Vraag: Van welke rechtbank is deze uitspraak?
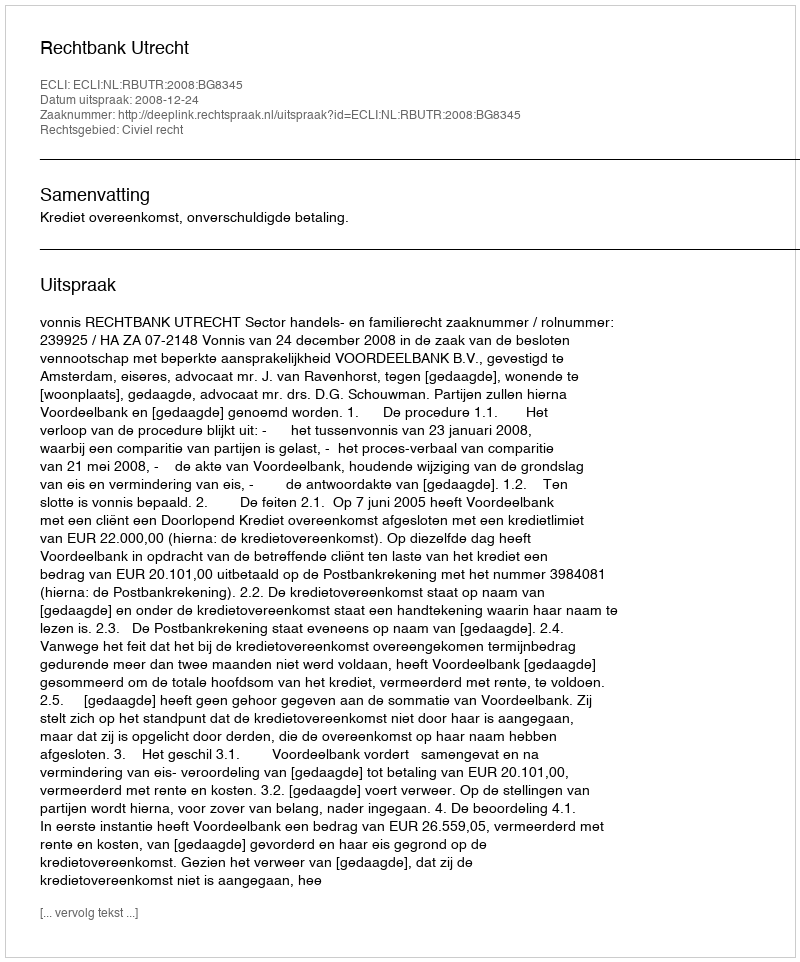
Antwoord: Rechtbank Utrecht